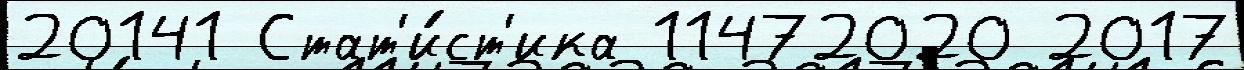
20141 Стат'и́ст'ика 11472020 2017